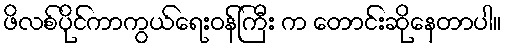
ဖိလစ်ပိုင်ကာကွယ်ရေးဝန်ကြီး က တောင်းဆိုနေတာပါ။